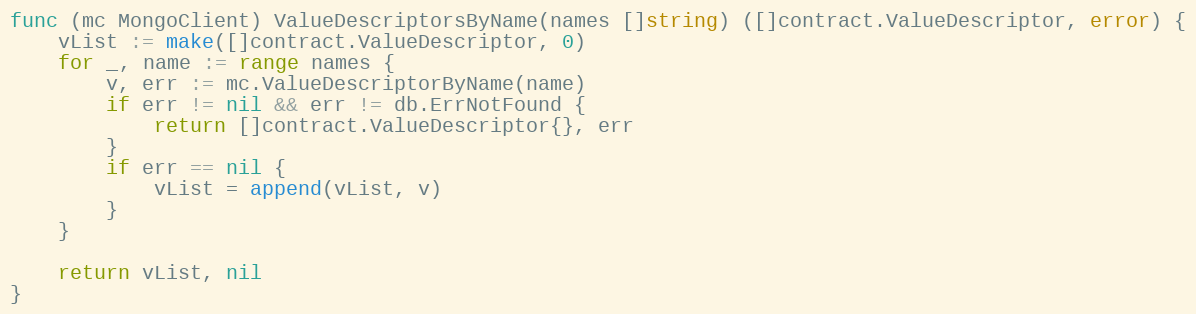
Language: Go
func (mc MongoClient) ValueDescriptorsByName(names []string) ([]contract.ValueDescriptor, error) {
	vList := make([]contract.ValueDescriptor, 0)
	for _, name := range names {
		v, err := mc.ValueDescriptorByName(name)
		if err != nil && err != db.ErrNotFound {
			return []contract.ValueDescriptor{}, err
		}
		if err == nil {
			vList = append(vList, v)
		}
	}

	return vList, nil
}